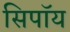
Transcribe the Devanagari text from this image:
सिपॉय